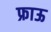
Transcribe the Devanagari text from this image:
फ्राऊ